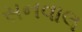
સનવાલ